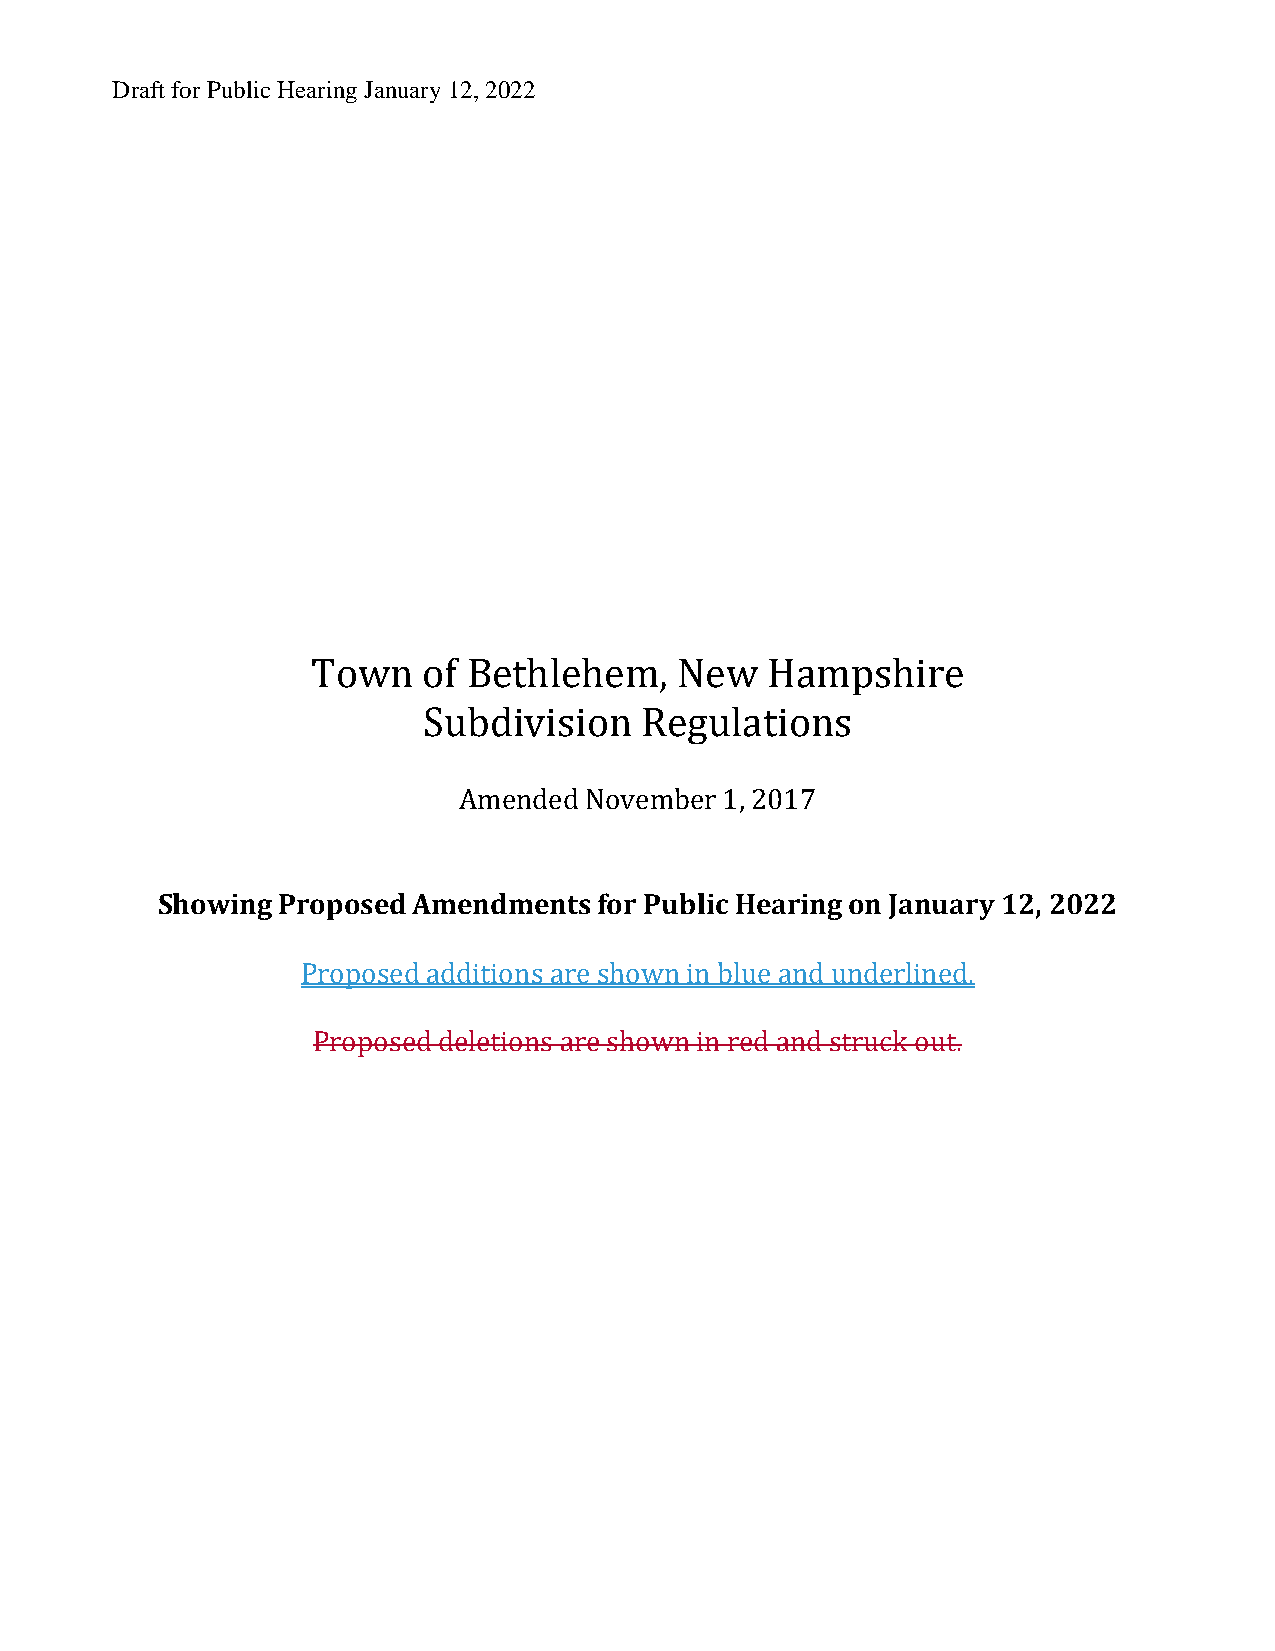
Draft for Public Hearing January 12, 2022
 Town   of Bethlehem    , New  Hampshire
 Subdivision   Regulations
 Amended  November 1, 2017
 Showing Proposed Amendments   for Public Hearing on January 12, 2022
 Proposed additions are shown in blue and underlined.
 Proposed deletions are shown in red and struck out.